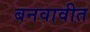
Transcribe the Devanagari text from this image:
बनवावीत